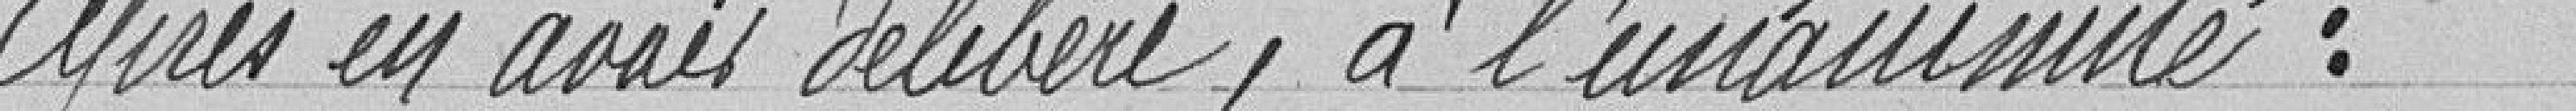
Après un avis délibéré, à l'unanimité :